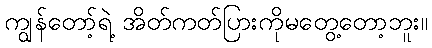
ကျွန်တော့်ရဲ့ အိတ်ကတ်ပြားကိုမတွေ့တော့ဘူး။